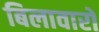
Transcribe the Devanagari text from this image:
बिलावारों